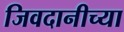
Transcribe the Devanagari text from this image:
जिवदानीच्या